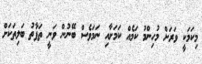
މިކަމަކީ ވަރަށް މުހިންމު ކަމެއް ކަމަށާއި ނަމަވެސް ބޭނުން ވަނީ ތަފާތު ބަލިތަކަށް